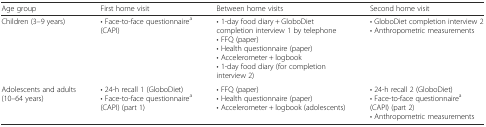
| Age group | First home visit | Between home visits | Second home visit |
 | --- | --- | --- | --- |
 | Children (3–9 years) | • Face-to-face questionnairea(CAPI) | • 1-day food diary + GloboDiet completion interview 1 by telephone• FFQ (paper)• Health questionnaire (paper)• Accelerometer + logbook• 1-day food diary (for completion interview 2) | • GloboDiet completion interview 2• Anthropometric measurements |
 | Adolescents and adults (10–64 years) | • 24-h recall 1 (GloboDiet)• Face-to-face questionnairea(CAPI) (part 1) | • FFQ (paper)• Health questionnaire (paper)• Accelerometer + logbook (adolescents) | • 24-h recall 2 (GloboDiet)• Face-to-face questionnairea(CAPI) (part 2)• Anthropometric measurements |